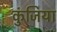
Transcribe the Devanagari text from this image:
कुंजिया